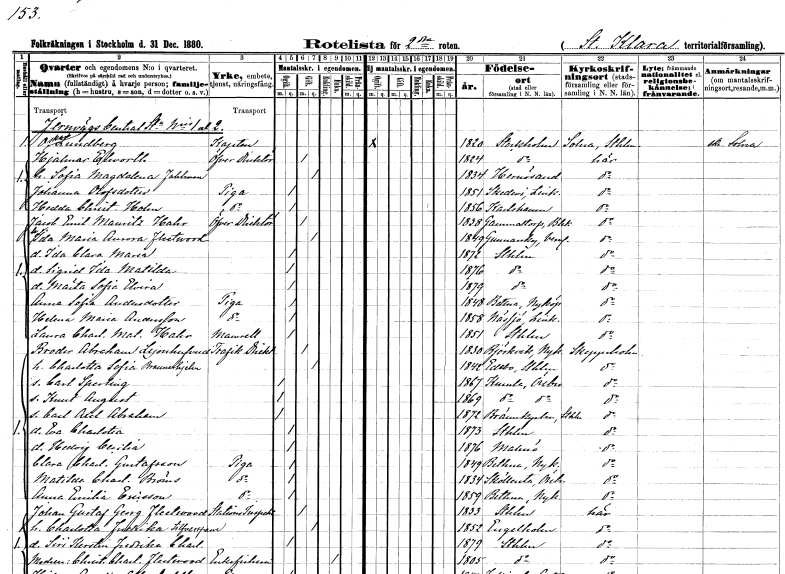
gt_parse: households: individuals: FN: Oskar
EN: Lundberg
YRKE: Kapten
KON: M
CIV: O
FODAR: 1820
FODFORS: Stockholm
FN: Hjalmar
EN: Elworth
YRKE: Överdirektör
KON: M
CIV: G
FODAR: 1824
FODFORS: Stockholm
FN: Sofia Magdalena
EN: Fahlman
KON: K
CIV: G
FODAR: 1834
FODFORS: Härnösand Västernorrlands län
FN: Johanna
EN: Olofsdotter
YRKE: Piga
KON: K
CIV: O
FODAR: 1851
FODFORS: Skedevi Östergötlands län
FN: Hedda Christina
EN: Holm
YRKE: Piga
KON: K
CIV: O
FODAR: 1856
FODFORS: Karlshamn Blekinge län
FN: Jacob Emil Mauritz
EN: Hahr
YRKE: Överdirektör
KON: M
CIV: G
FODAR: 1838
FODFORS: Gammalstorp Blekinge län
FN: Ida Maria Aurora
EN: Fleetwood
KON: K
CIV: G
FODAR: 1849
FODFORS: Gunnarskog Värmlands län
FN: Ida Clara Maria
KON: K
CIV: O
FODAR: 1872
FODFORS: Stockholm
FN: Sigrid Ida Matilda
KON: K
CIV: O
FODAR: 1876
FODFORS: Stockholm
FN: Märta Sofia Elvira
KON: K
CIV: O
FODAR: 1879
FODFORS: Stockholm
FN: Anna Sofia
EN: Andersdotter
YRKE: Piga
KON: K
CIV: O
FODAR: 1848
FODFORS: Bettna Södermanlands län
FN: Helena Maria
EN: Andersson
YRKE: Piga
KON: K
CIV: O
FODAR: 1858
FODFORS: Nässjö Jönköpings län
FN: Laura Charlotta Mathilda
EN: Hahr
KON: K
CIV: O
FODAR: 1851
FODFORS: Stockholm
FN: Broder Abraham
EN: Lejonhufvud
YRKE: Trafikdirektör
KON: M
CIV: G
FODAR: 1830
FODFORS: Björkvik Södermanlands län
FN: Charlotta Sofia
EN: Braunerhjelm
KON: K
CIV: G
FODAR: 1842
FODFORS: Edebo Stockholms län
FN: Carl Sperling
KON: M
CIV: O
FODAR: 1867
FODFORS: Kumla Örebro län
FN: Knut August
KON: M
CIV: O
FODAR: 1869
FODFORS: Kumla Örebro län
FN: Carl Axel Abraham
KON: M
CIV: O
FODAR: 1872
FODFORS: Brännkyrka Stockholms län
FN: Eva Charlotta
KON: K
CIV: O
FODAR: 1873
FODFORS: Stockholm
FN: Hedvig Cecilia
KON: K
CIV: O
FODAR: 1876
FODFORS: Malmö Malmöhus län
FN: Clara Charlotta
EN: Gustafsson
YRKE: Piga
KON: K
CIV: O
FODAR: 1849
FODFORS: Bettna Södermanlands län
FN: Matilda Charlotta
EN: Bröms
YRKE: Piga
KON: K
CIV: O
FODAR: 1834
FODFORS: Sköllersta Örebro län
FN: Anna Emilia
EN: Ericsson
YRKE: Piga
KON: K
CIV: O
FODAR: 1859
FODFORS: Bettna Södermanlands län